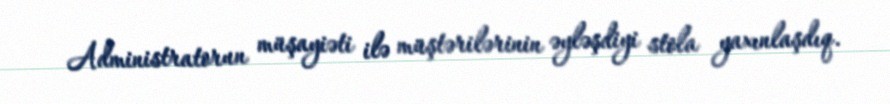
Administratorun müşayiəti ilə müştərilərinin əyləşdiyi stola yaxınlaşdıq.